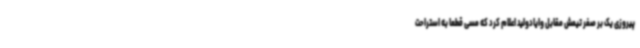
پیروزی یک بر صفر تیمش مقابل وایادولید اعلام کرد که مسی قطعا به استراحت